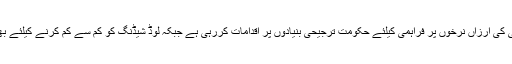
وزیراعظم نے کہا کہ بجلی کی ارزاں نرخوں پر فراہمی کیلئے حکومت ترجیحی بنیادوں پر اقدامات کررہی ہے جبکہ لوڈ شیڈنگ کو کم سے کم کرنے کیلئے بھی اقدامات کئے گئے ہیں ۔